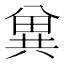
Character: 兾